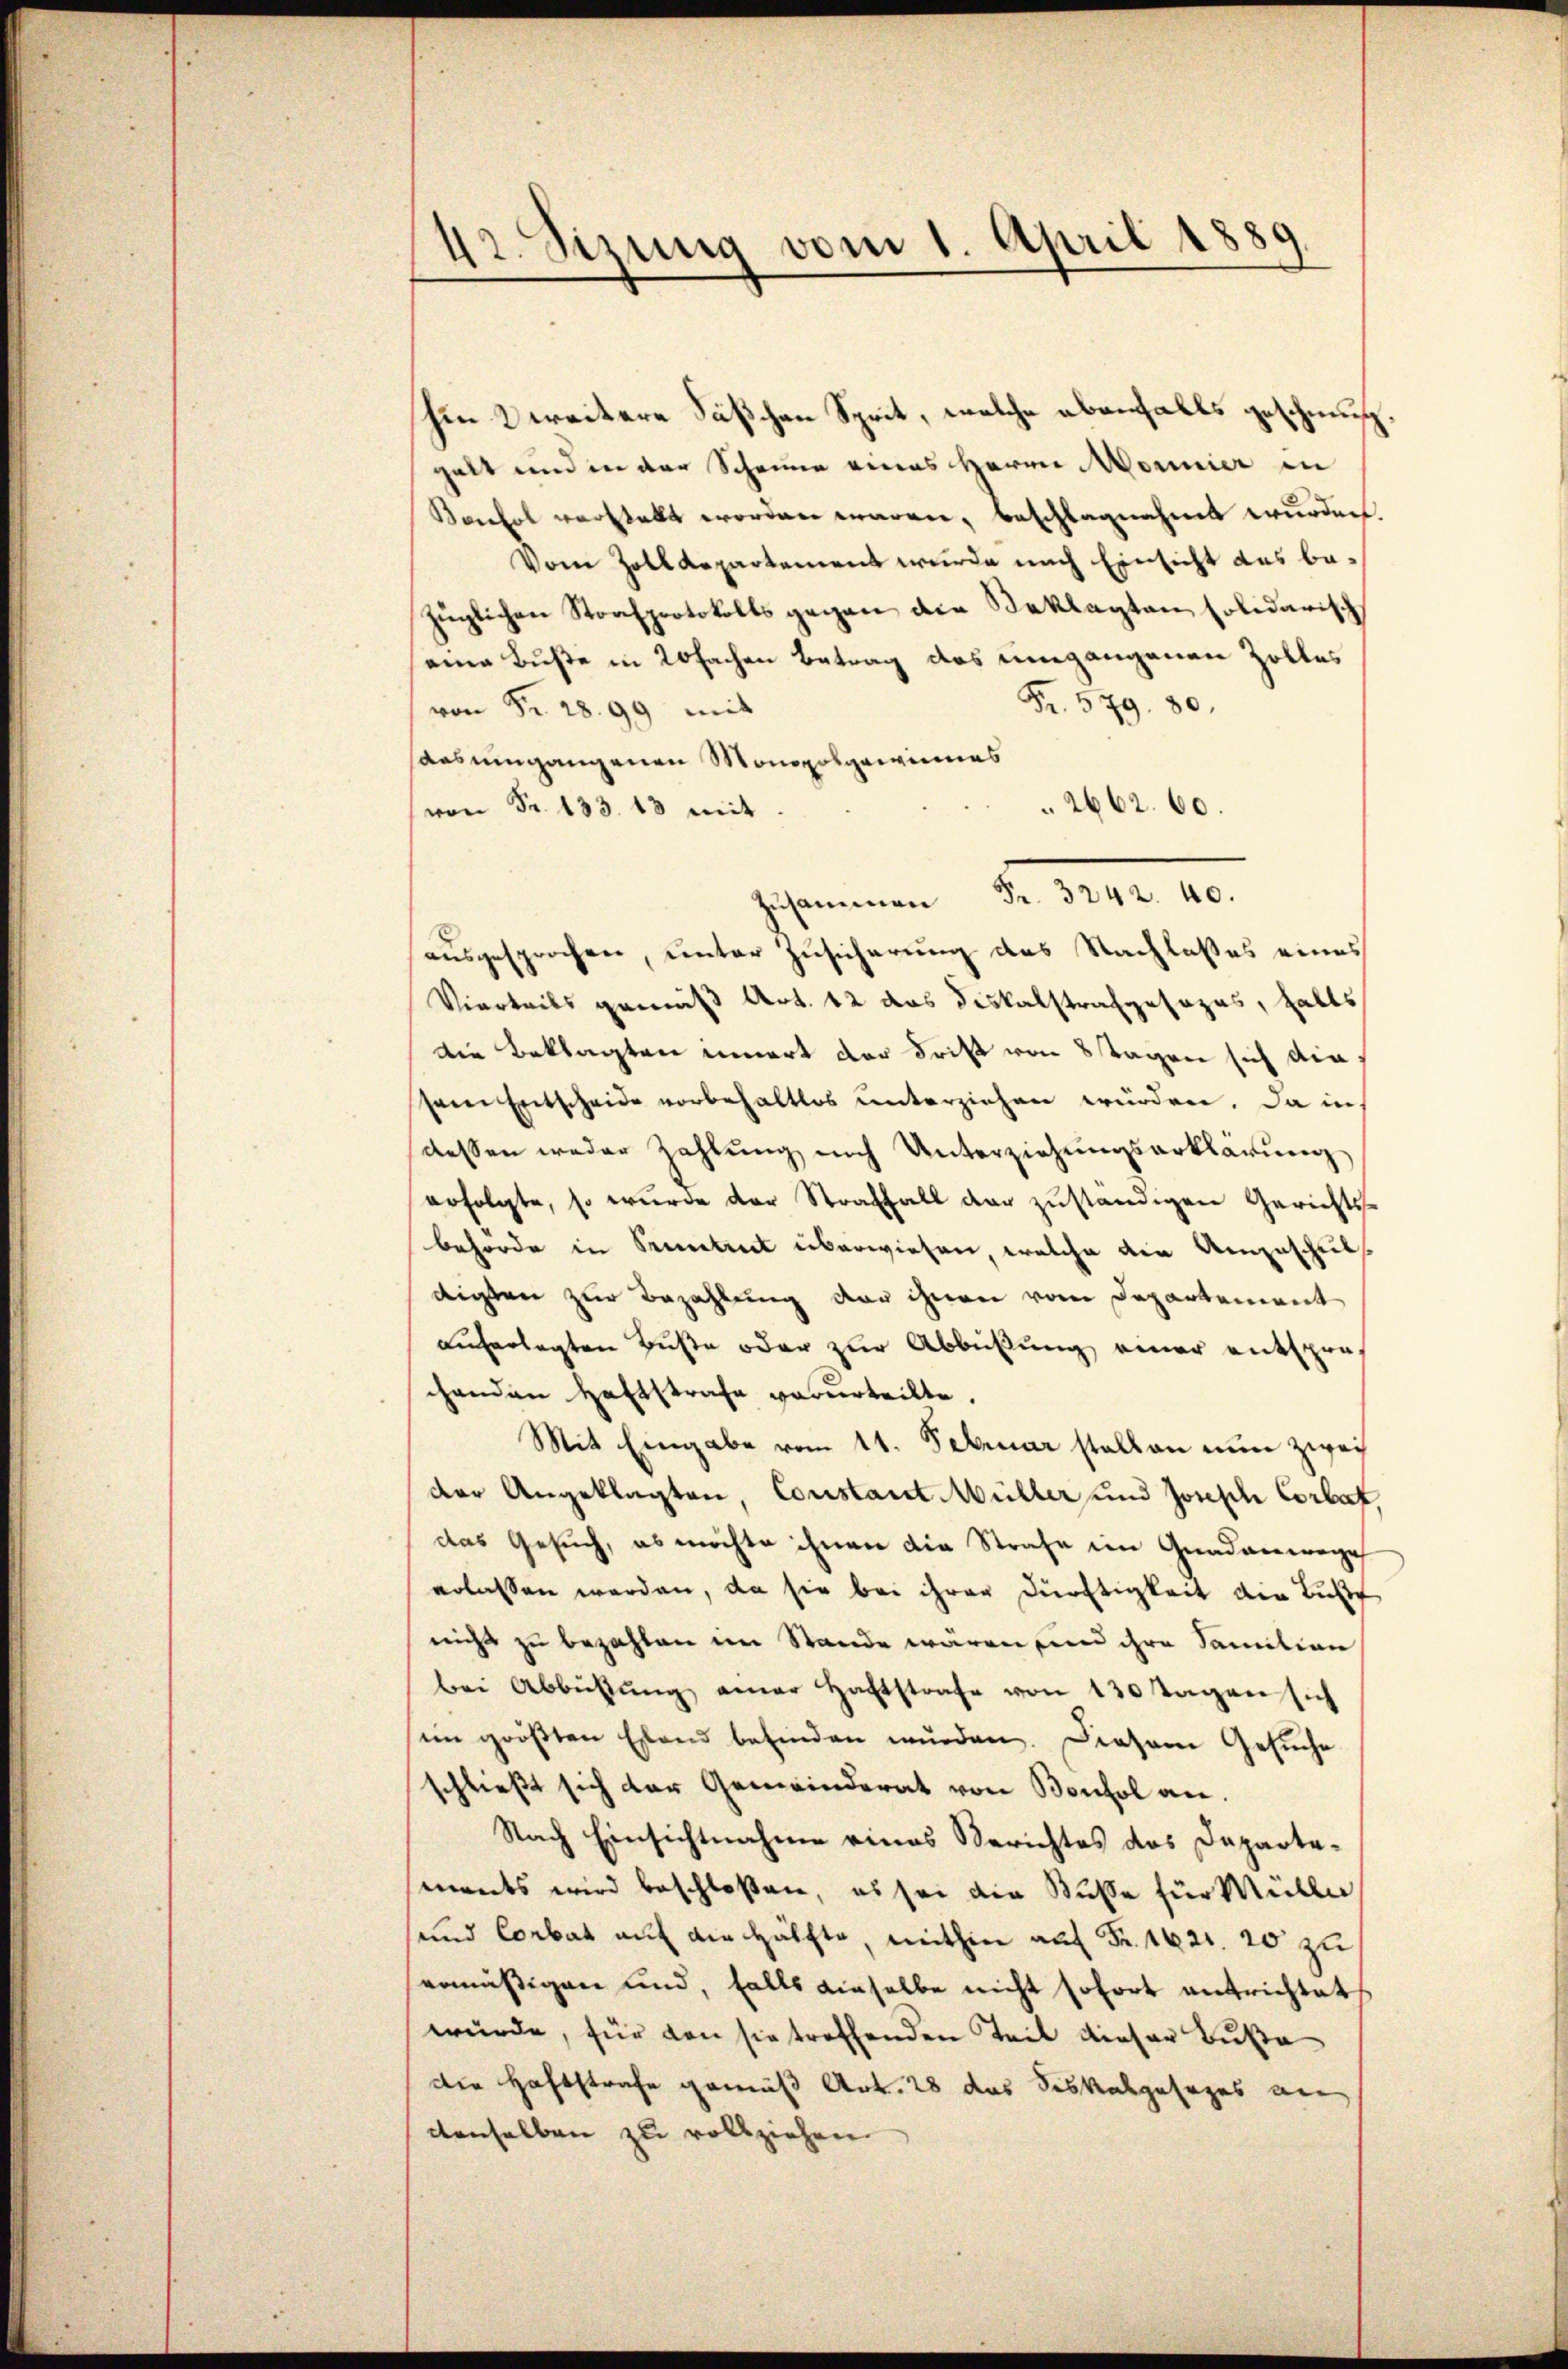
42. Sizung vom 1. April 1889.

Im weitere Säßchen Sprit, welche ebenfalls geschmusgalt und in der Scheine eines Herrn Mornier in
Kontol verstellt worden wären, beschlagnahmt wurden.
Vom Zolldepartement wurde nach Einsicht das bezüglichen Strafprotokolls gegen die Beklagten solidarisch
eine Buße in 20fachen Betrag des umgangenen Zolles
Fr. 579. 80.
von Fr. 2899 mit
aas umgangenen Monopol gewinnes
2662. 60.
von Fr. 133. 13 mit
ausgesprochen, unter Zusicherung des Nachlasses eines
Vierteils gemäß Art. 12 das Diskalstrafgesezes, halts
die Beklagten innert der dritt von 8 Tagen sich die
sein Entscheide vorbehaltlos unterziehen würden. Da in
dessen weder Zahlung nach Unterziehungserklärung
erfolgte, so wurde der Straffall der zuständigen Gerichts-
behörde in Pruntrut überwiesen, welche die Angeschuls
digten zur Bezahlung der ihnen vom Departement
auferlegten Buße oder zur Abbüßung einer entspre-
chenden Haftstrafe verurteilte.
Mit Eingabe vom 11. Februar stellen nun zwei
der Angeklagten, Constant Müller und Joseph Corbat
das Gesuch, es möchte ihnen die Strafe im Gnadenwege
erlassen werden, da sie bei ihrer Dürftigkeit die Buße
nicht zu bezahlen im Stande wären, und ihre Sanition
bei Abbühŭng einer haftstrafe von 130 Tagen sich
im größten Elend befinden wŭrden. Diesem Gesŭche
schließt sich der Gemeinderat von Bonhol an.
Nach Einsichtnahme eines Berichtes das Departemants wird beschloßen, es sei die Buße für Müller
sund Corbat auf die Hälfte, mithin auf Fr. 1621. 20 zu
ermässigen und, falls dieselbe nicht sofort entrichtet
würde, für von sie treffenden Teil dieser Buße
die Haftstrafe gemäß Art. 28 das des abgesages an
denselben zu vollziehen.

zsammen d. 1272. 10.